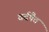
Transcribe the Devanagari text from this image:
वर्दपैत